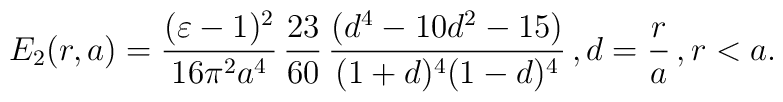
E_2 (r, a) = \frac{(\varepsilon - 1)^2}{16 \pi^2 a^4} \, \frac{23}{60} \, \frac{(d^4 - 10 d^2 - 15)}{(1+d)^4 (1-d)^4} \, , d=\frac{r}{a} \, , r < a.